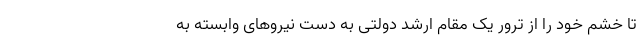
تا خشم خود را از ترور یک مقام ارشد دولتی به دست نیروهای وابسته به